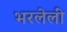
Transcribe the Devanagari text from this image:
भरलेलीं